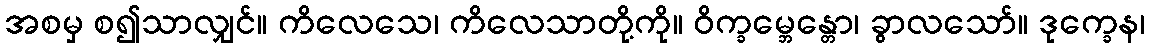
အစမှ စ၍သာလျှင်။ ကိလေသေ၊ ကိလေသာတို့ကို။ ဝိက္ခမ္ဘေန္တော၊ ခွာလသော်။ ဒုက္ခေန၊